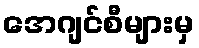
အေဂျင်စီများမှ